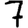
Digit: 7